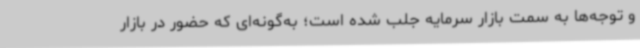
و توجه‌ها به سمت بازار سرمایه جلب شده است؛ به‌گونه‌ای که حضور در بازار